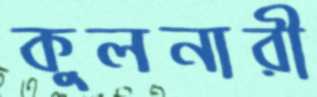
কুলনারী